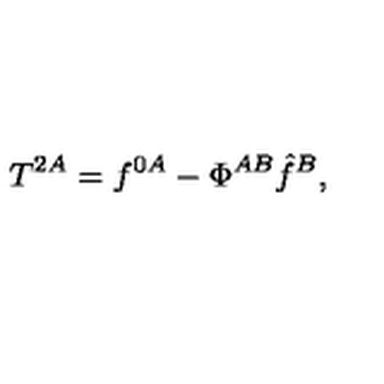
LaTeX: T ^ { 2 A } = f ^ { 0 A } - \Phi ^ { A B } \hat { f } ^ { B } ,